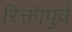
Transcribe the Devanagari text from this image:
रिक्तीपुर्व